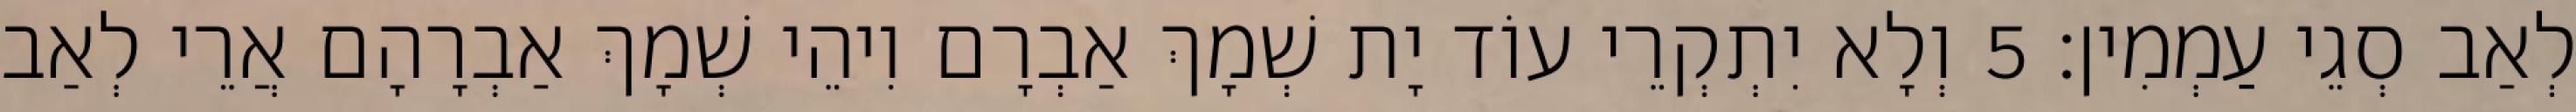
לְאַב סְגֵי עַמְמִין׃ 5 וְלָא יִתְקְרֵי עוֹד יָת שְׁמָךְ אַבְרָם וִיהֵי שְׁמָךְ אַבְרָהָם אֲרֵי לְאַב